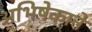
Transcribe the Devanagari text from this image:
अभिषेकाने